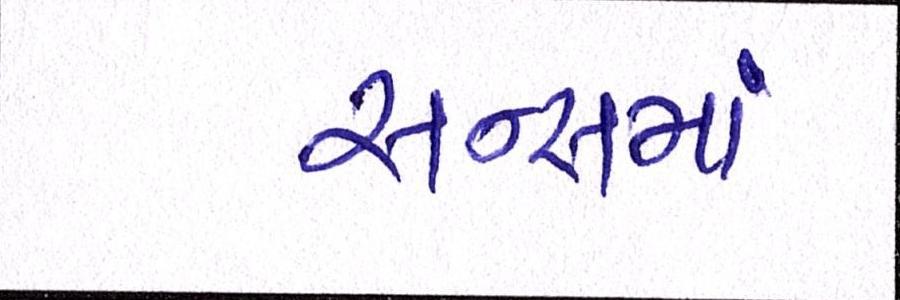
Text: સન્સમાં